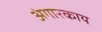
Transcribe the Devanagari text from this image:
अंगारकाय